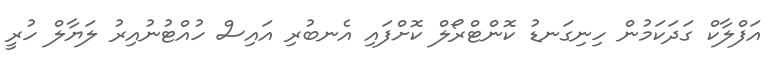
އަފްލާކް ގަދަކަމުން ހިނިގަނޑު ކޮންޓްރޯލް ކޮށްފައި އެނބުރި އައިސް ހުއްޓުނުއިރު ލަޔާލް ހުރީ